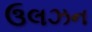
ઉલઝન